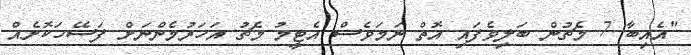
"އެއިބާ 7 މެޗުން ބަލިވެފައި އޮތް ނަމަވެސް އެޓީމު މެޗު އަހަރުމެންނަށް ފަސޭހަކޮށެއް